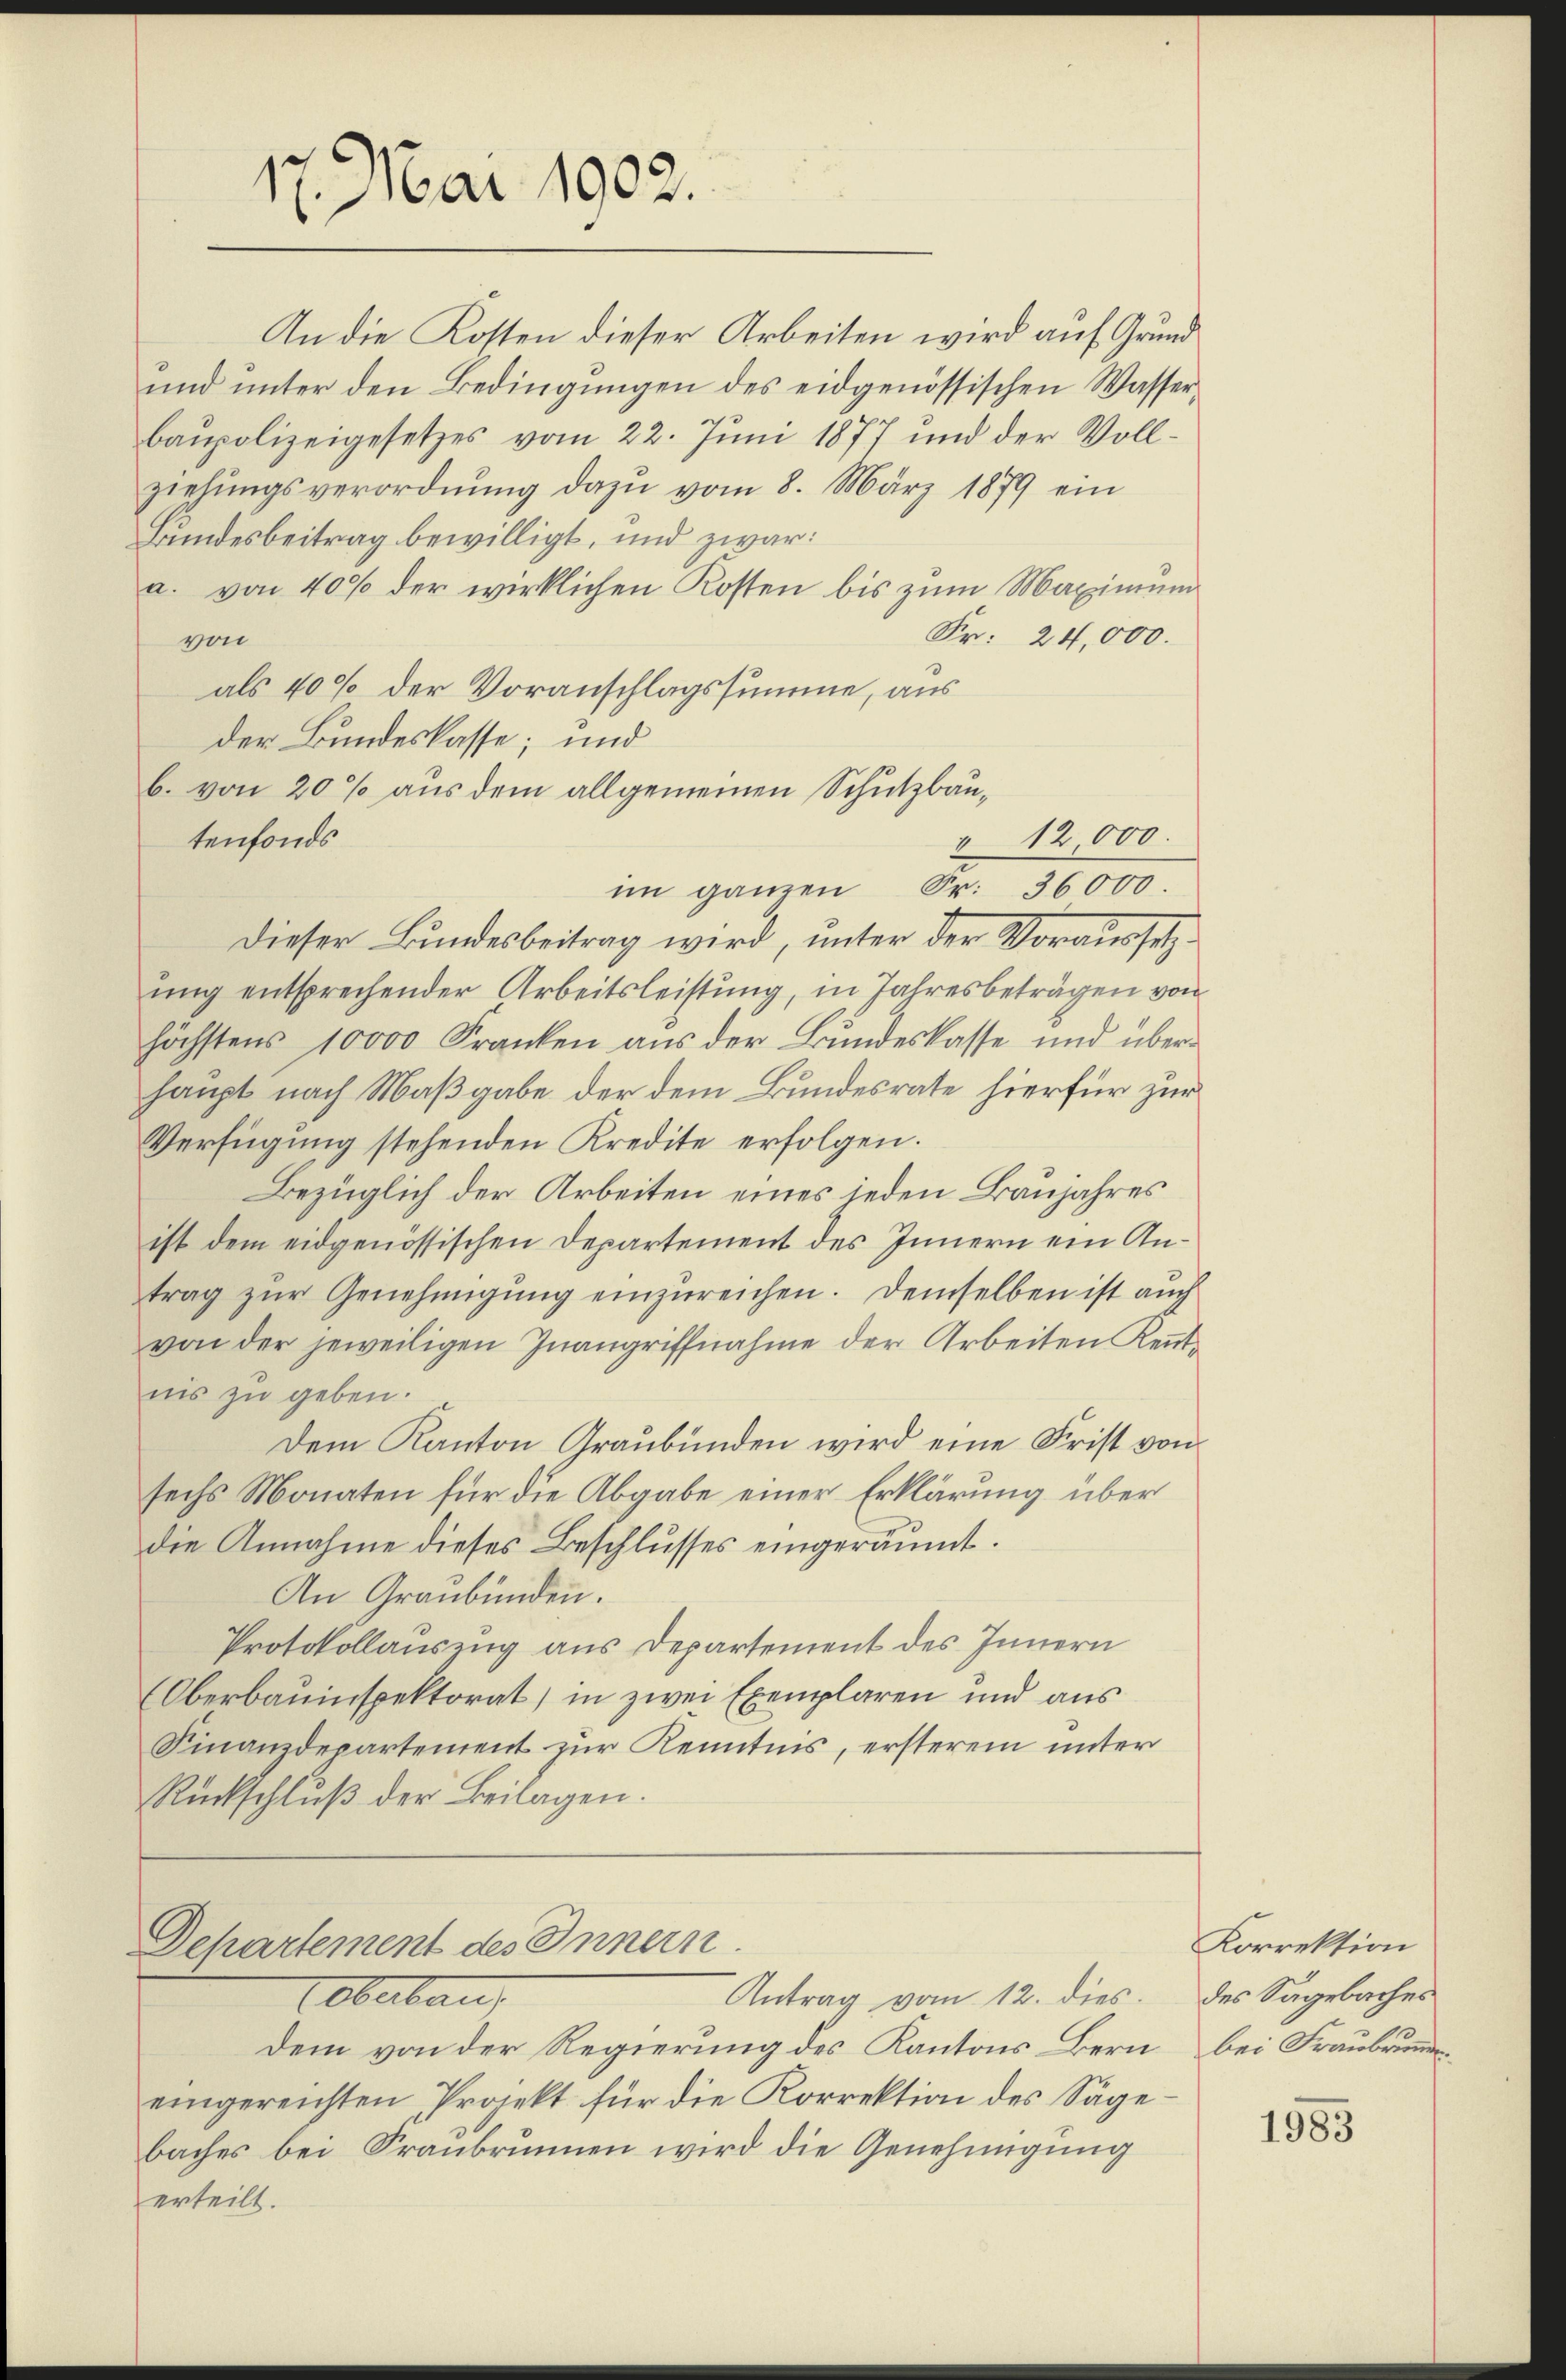
17. Mai 1902.

An die Kosten dieser Arbeiten wird auf Grund¬
und unter den Bedingungen des eidgenössischen Wasserbaupolizeigesetzes vom 22. Juni 1877 und der Vollziehungsverordnung dazu vom 8. März 1879 ein
Bundesbeitrag bewilligt, und zwar:
a. von 40% der wirklichen Kosten bis zum Maximum
Fr. 24,000.
von
als 40% der Voranschlagssumme, aus
der Bundeskasse; und
b. von 20 % aus dem allgemeinen Schutzbautenfonds
Dieser Bundesbeitrag wird, unter der Voraussetzung entsprechender Arbeitsleistung, in Jahresbeträgen von
höchstens 10000 Franken aus der Bundeskasse und überhaupt nach Maßgabe der dem Bundesrate hierfür zur
Verfügung stehenden Kredite erfolgen.
Bezüglich der Arbeiten eines jeden Baujahres
ist dem eidgenössischen Departement des Innern ein Antrag zŭr Genehmigŭng einzŭreichen. Demselben ist auch
von der jeweiligen Inangriffnahme der Arbeiten Kenntnis zu geben.
Dem Kanton Graubünden wird eine Frist von
sechs Monaten für die Abgabe einer Erklärung über
die Annahme dieses Beschlusses eingeräumt.
An Graubünden.
Protokollauszug aus Departement des Innern
Oberbauinspektorat, in zwei Exemplaren und aus
Finanzdepartement zur Kenntnis, ersterem unter
Rückschluß der Beilagen.

" 12000.
im ganzen Sr. 36000.

Departement des Innern.
Antrag vom 12. dies
Cobeben

Dem von der Regierung des Kantons Bern
eingereichten Projekt für die Korrektion des Säge
baches bei Franbrunnen wird die Genehmigung
erteilt.

Korrektion
des Sagebaches
bei Fraubrunn

1983